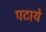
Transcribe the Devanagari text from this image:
पटाये